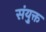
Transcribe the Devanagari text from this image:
संयु्क्त